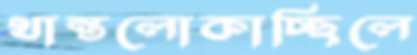
থান্তলোকাচ্ছিলে